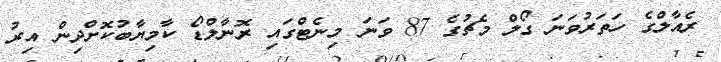
ރެއާލްގެ ހަތަރުވަނަ ގޯލް މެޗުގެ 87 ވަނަ މިނެޓްގައި ރޮނާލްޑޯ ކާމިޔާބުކޮށްދިން އިރު